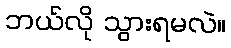
ဘယ်လို သွားရမလဲ။